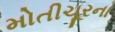
મોતીચૂરના